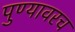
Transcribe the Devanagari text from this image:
पुण्यावरच